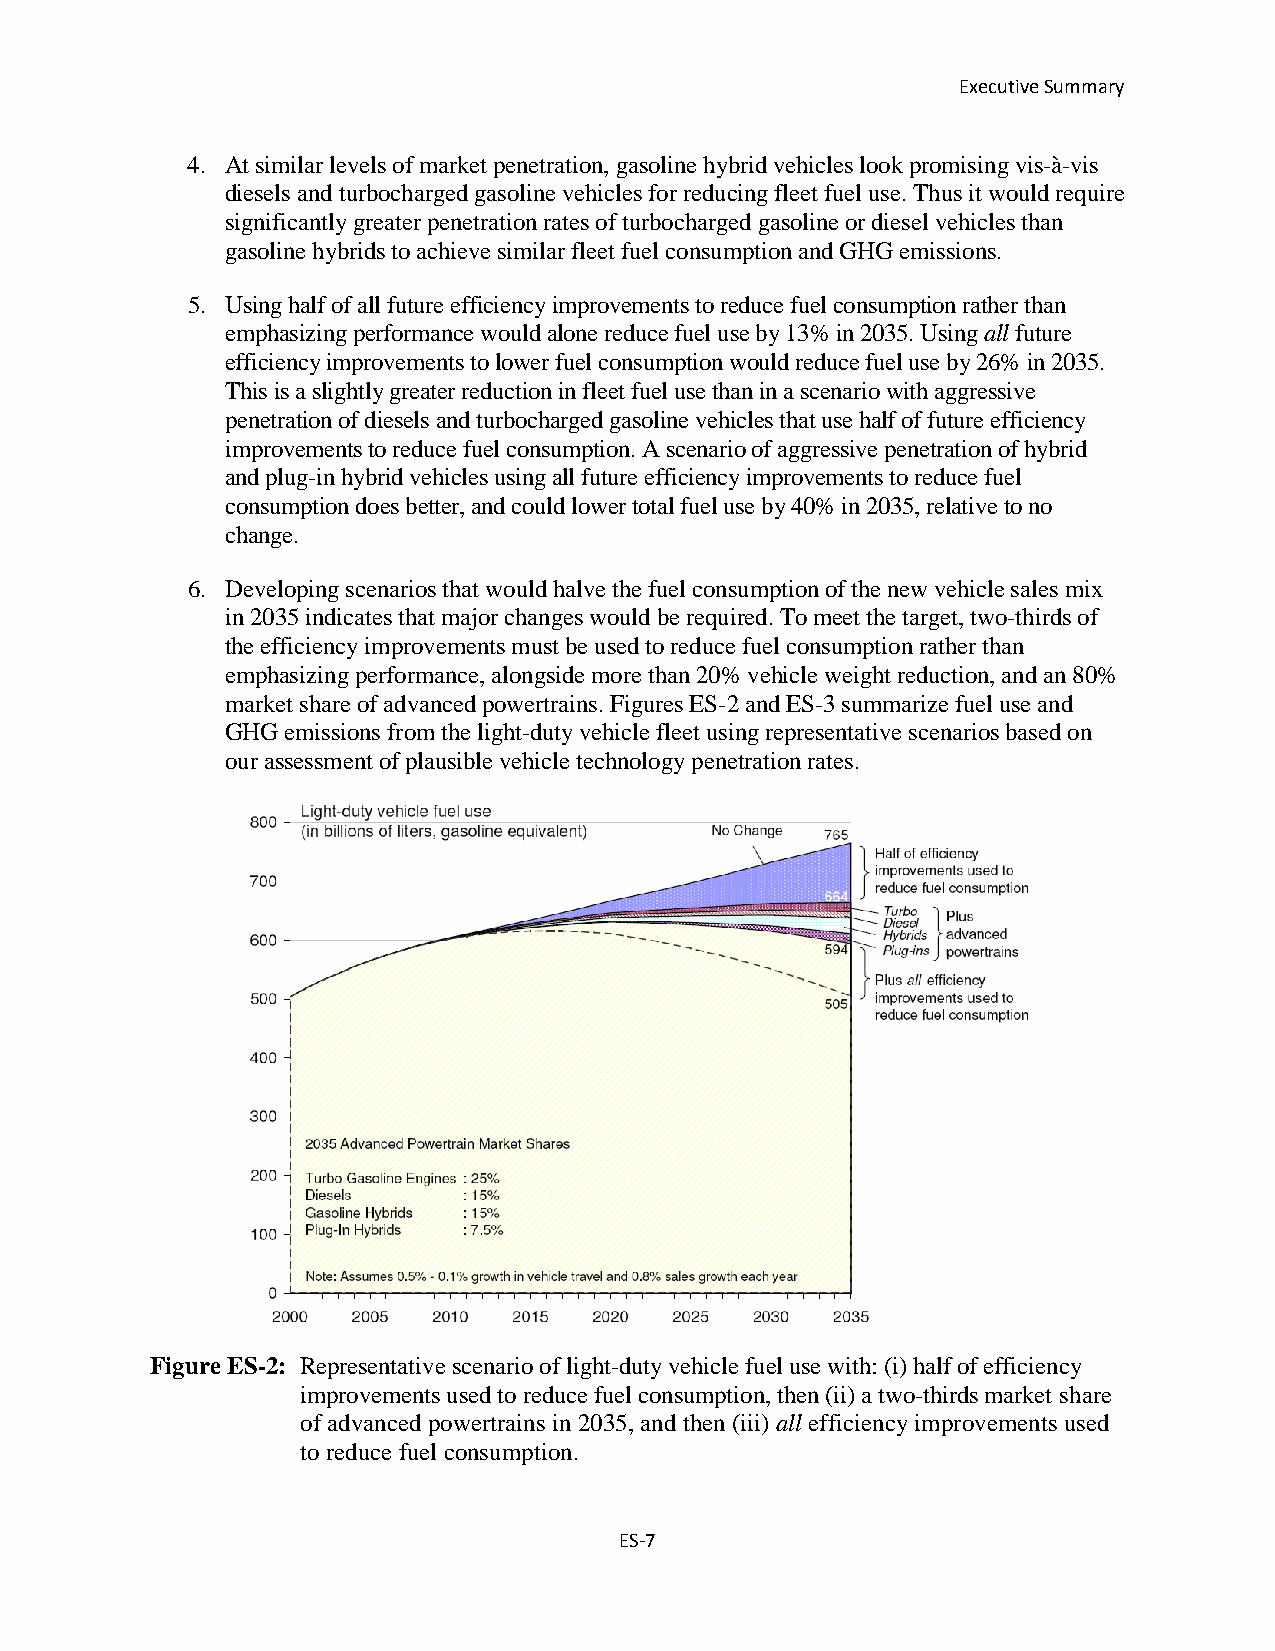
Executive Summary
 4. At similar levels of market penetration, gasoline hybrid vehicles look promising vis-à-vis
 diesels and turbocharged gasoline vehicles for reducing fleet fuel use. Thus it would require
 significantly greater penetration rates of turbocharged gasoline or diesel vehicles than
 gasoline hybrids to achieve similar fleet fuel consumption and GHG emissions.
 5. Using half of all future efficiency improvements to reduce fuel consumption rather than
 emphasizing performance would alone reduce fuel use by 13% in 2035. Using all future
 efficiency improvements to lower fuel consumption would reduce fuel use by 26% in 2035.
 This is a slightly greater reduction in fleet fuel use than in a scenario with aggressive
 penetration of diesels and turbocharged gasoline vehicles that use half of future efficiency
 improvements to reduce fuel consumption. A scenario of aggressive penetration of hybrid
 and plug-in hybrid vehicles using all future efficiency improvements to reduce fuel
 consumption does better, and could lower total fuel use by 40% in 2035, relative to no
 change.
 6. Developing scenarios that would halve the fuel consumption of the new vehicle sales mix
 in 2035 indicates that major changes would be required. To meet the target, two-thirds of
 the efficiency improvements must be used to reduce fuel consumption rather than
 emphasizing performance, alongside more than 20% vehicle weight reduction, and an 80%
 market share of advanced powertrains. Figures ES-2 and ES-3 summarize fuel use and
 GHG emissions from the light-duty vehicle fleet using representative scenarios based on
 our assessment of plausible vehicle technology penetration rates.
 Figure ES-2: Representative scenario of light-duty vehicle fuel use with: (i) half of efficiency
 improvements used to reduce fuel consumption, then (ii) a two-thirds market share
 of advanced powertrains in 2035, and then (iii) all efficiency improvements used
 to reduce fuel consumption.
 ES-7